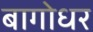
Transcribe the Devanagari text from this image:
बागोधर